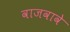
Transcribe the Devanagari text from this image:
वाजवावे